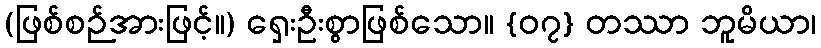
(ဖြစ်စဉ်အားဖြင့်။) ရှေးဦးစွာဖြစ်သော။ {၀၇} တဿာ ဘူမိယာ၊